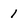
Character: 1